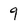
Character: 9